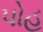
પોહ